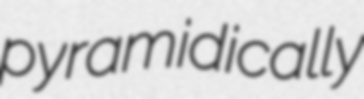
pyramidically